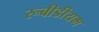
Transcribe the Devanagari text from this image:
रूबीडीयम